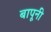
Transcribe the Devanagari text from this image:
बापूनी